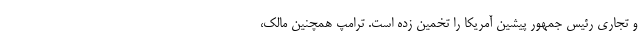
و تجاری رئیس جمهور پیشین آمریکا را تخمین زده است. ترامپ همچنین مالک،